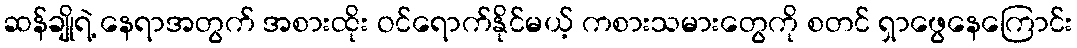
ဆန်ချိုရဲ့ နေရာအတွက် အစားထိုး ဝင်ရောက်နိုင်မယ့် ကစားသမားတွေကို စတင် ရှာဖွေနေကြောင်း